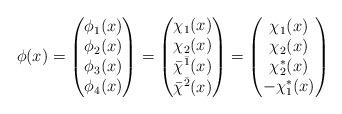
LaTeX: \begin{align*}\phi(x)=\begin{pmatrix}\phi_1(x)\\ \phi_2(x)\\ \phi_3(x)\\ \phi_4(x)\end{pmatrix}=\begin{pmatrix}\chi_1(x)\\ \chi_2(x)\\ \bar \chi^{\bar 1}(x)\\ \bar \chi^{\bar 2}(x)\end{pmatrix}=\begin{pmatrix}\chi_1(x)\\ \chi_2(x)\\ \chi_2^*(x)\\ -\chi_1^*(x) \end{pmatrix}\end{align*}